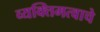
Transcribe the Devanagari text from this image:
व्यक्तिमत्वाचे